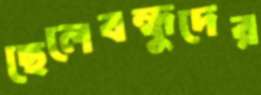
ছেলেবন্ধুদের